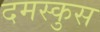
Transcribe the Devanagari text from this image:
दमस्कुस